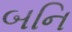
બનિ